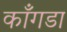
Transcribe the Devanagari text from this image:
काँगडा